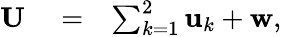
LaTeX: \begin{array}{rlr}{{\mathbf U}}&{{}=}&{\sum_{k=1}^{2}{\mathbf u}_{k}+{\mathbf w},}\end{array}